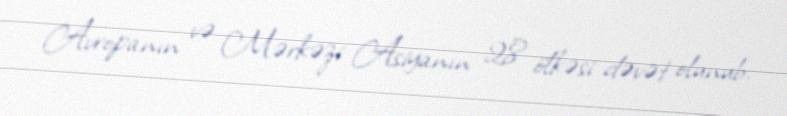
Avropanın və Mərkəzi Asiyanın 28 ölkəsi dəvət olunub.